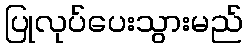
ပြုလုပ်ပေးသွားမည်